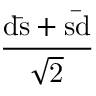
\mathrm { \frac { d { \bar { s } } + s { \bar { d } } } { \sqrt { 2 } } }